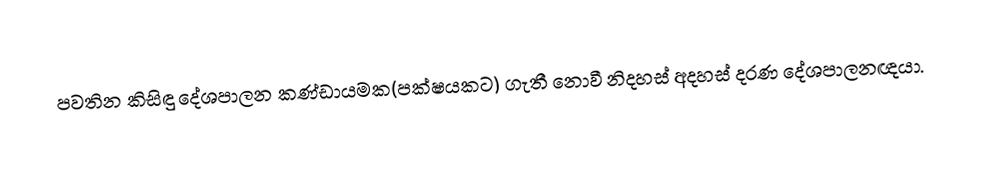
පවතින කිසිඳු දේශපාලන කණ්ඩායමක(පක්ෂයකට) ගැතී නොවී නිදහස් අදහස් දරණ දේශපාලනඥයා.